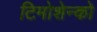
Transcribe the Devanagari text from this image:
टिमोशेन्को